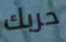
حربك